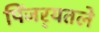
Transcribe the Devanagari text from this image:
पिंजर्‍यतले